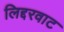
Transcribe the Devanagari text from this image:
लिद्दरवाट